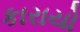
કારાયો